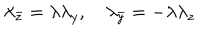
LaTeX: \lambda _ { \bar { z } } = \lambda \lambda _ { y } , \quad \lambda _ { \bar { y } } = - \lambda \lambda _ { z }